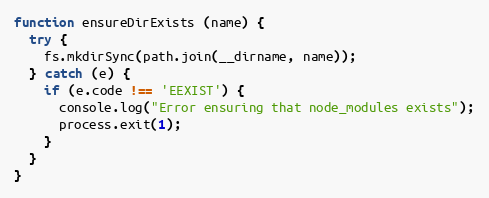
Language: JavaScript
function ensureDirExists (name) {
  try {
    fs.mkdirSync(path.join(__dirname, name));
  } catch (e) {
    if (e.code !== 'EEXIST') {
      console.log("Error ensuring that node_modules exists");
      process.exit(1);
    }
  }
}